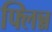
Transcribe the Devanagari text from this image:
फ्लिन्न